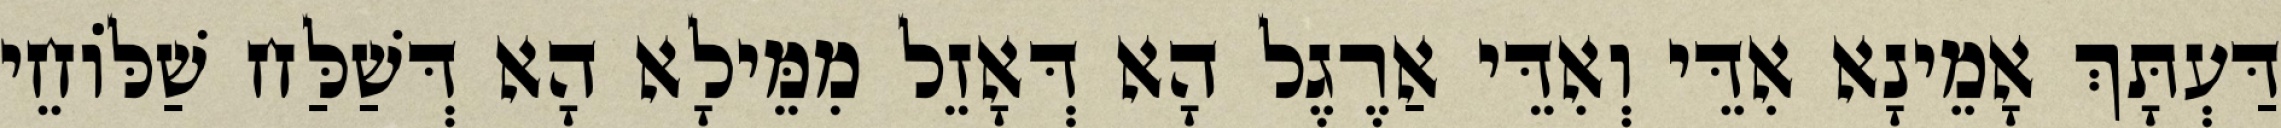
דַּעְתָּךְ אָמֵינָא אִדֵּי וְאִדֵּי אַרֶגֶל הָא דְּאָזֵל מִמֵּילָא הָא דְּשַׁלַּח שַׁלּוֹחֵי